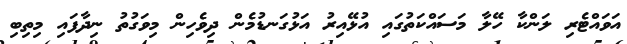
އަވައްޓެރި ލަންކާ ހޭލާ މަސައްކަތުގައި އުޅޭއިރު އަޅުގަނޑުމެން ދިވެހިން މިވަގުތު ނިދާފައި މިތިބި